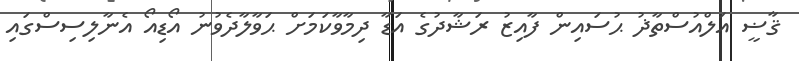
ޤާޟީ އަލްއުސްތާޛު ޙުސައިން ފާއިޒު ރަޝާދުގެ އަޑާ ދިމާވާކަމަށް ޙަވާލާދެވުނު އޯޑިއޯ އެނާލިސިސްގައި